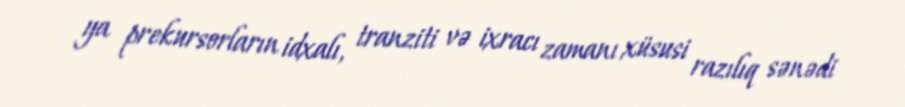
ya prekursorların idxalı, tranziti və ixracı zamanı xüsusi razılıq sənədi